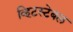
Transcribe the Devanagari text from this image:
व्हिटस्टेबल